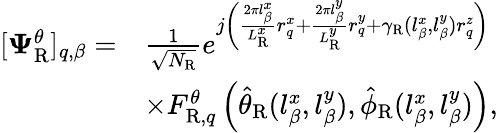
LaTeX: \begin{array}{rl}{[\boldsymbol{\Psi}_{\mathrm{R}}^{\theta}]_{q,\beta}=}&{\frac{1}{\sqrt{N_{\mathrm{R}}}}e^{j\left(\frac{2\pi l_{\beta}^{x}}{L_{\mathrm{R}}^{x}}r_{q}^{x}+\frac{2\pi l_{\beta}^{y}}{L_{\mathrm{R}}^{y}}r_{q}^{y}+\gamma_{\mathrm{R}}(l_{\beta}^{x},l_{\beta}^{y})r_{q}^{z}\right)}}\\ &{\times F_{\mathrm{R},q}^{\theta}\left(\hat{\theta}_{\mathrm{R}}(l_{\beta}^{x},l_{\beta}^{y}),\hat{\phi}_{\mathrm{R}}(l_{\beta}^{x},l_{\beta}^{y})\right),}\end{array}